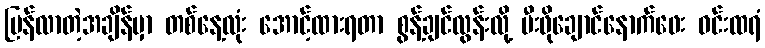
ပြန်လာတဲ့အချိန်မှာ တစ်နေ့လုံး အောင့်ထားရတာ စွန့်ချင်လွန်းလို့ မီးဖိုချောင်နောက်ဖေး ဝင်းထရံ